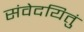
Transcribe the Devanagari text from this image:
संवेदयितुं